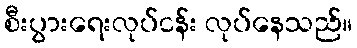
စီးပွားရေးလုပ်ငန်း လုပ်နေသည်။